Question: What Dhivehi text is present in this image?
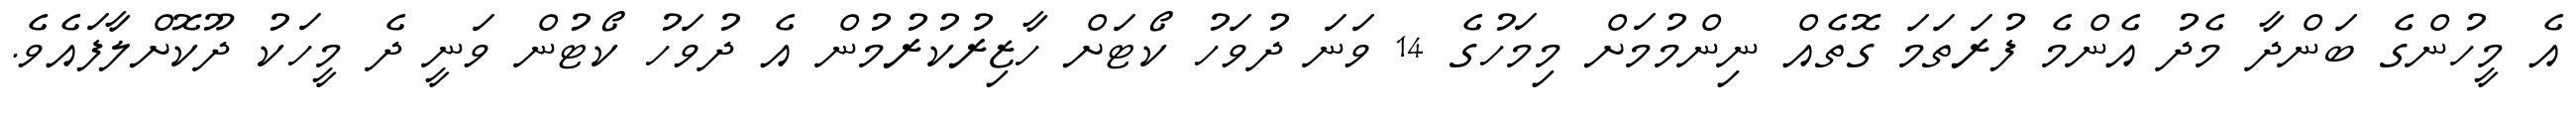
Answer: އެ މީހުންގެ ބަންދާ މެދު އެންމެ ފުރަތަމަ ގޮތެއް ނިންމުމަށް މިމަހުގެ 14 ވަނަ ދުވަހު ކޯޓަށް ހާޒިރުކުރުމުން އެ ދުވަހު ކޯޓުން ވަނީ ދެ މީހަކު ދޫކޮށްލާފައެވެ.